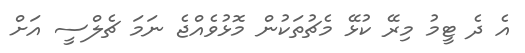
އެ ދެ ޓީމު މިރޭ ކުޅޭ މެޗުތަކުން މޮޅުވެއްޖެ ނަމަ ޗެލްސީ އަށް